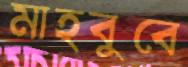
মাহবুবে